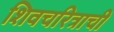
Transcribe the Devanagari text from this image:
शिवचरित्राची